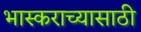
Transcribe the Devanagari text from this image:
भास्कराच्यासाठी